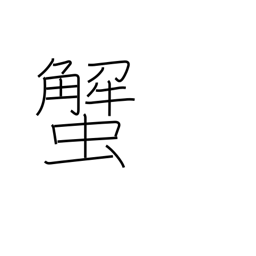
Meaning: crab